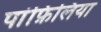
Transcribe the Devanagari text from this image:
पांफ़िलिया